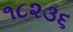
૧૮૨૩૬